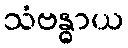
သံဗန္ဓာယ